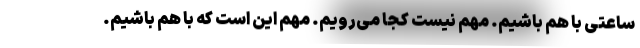
ساعتی با هم باشیم. مهم نیست کجا می‌رویم. مهم این است که با هم باشیم.